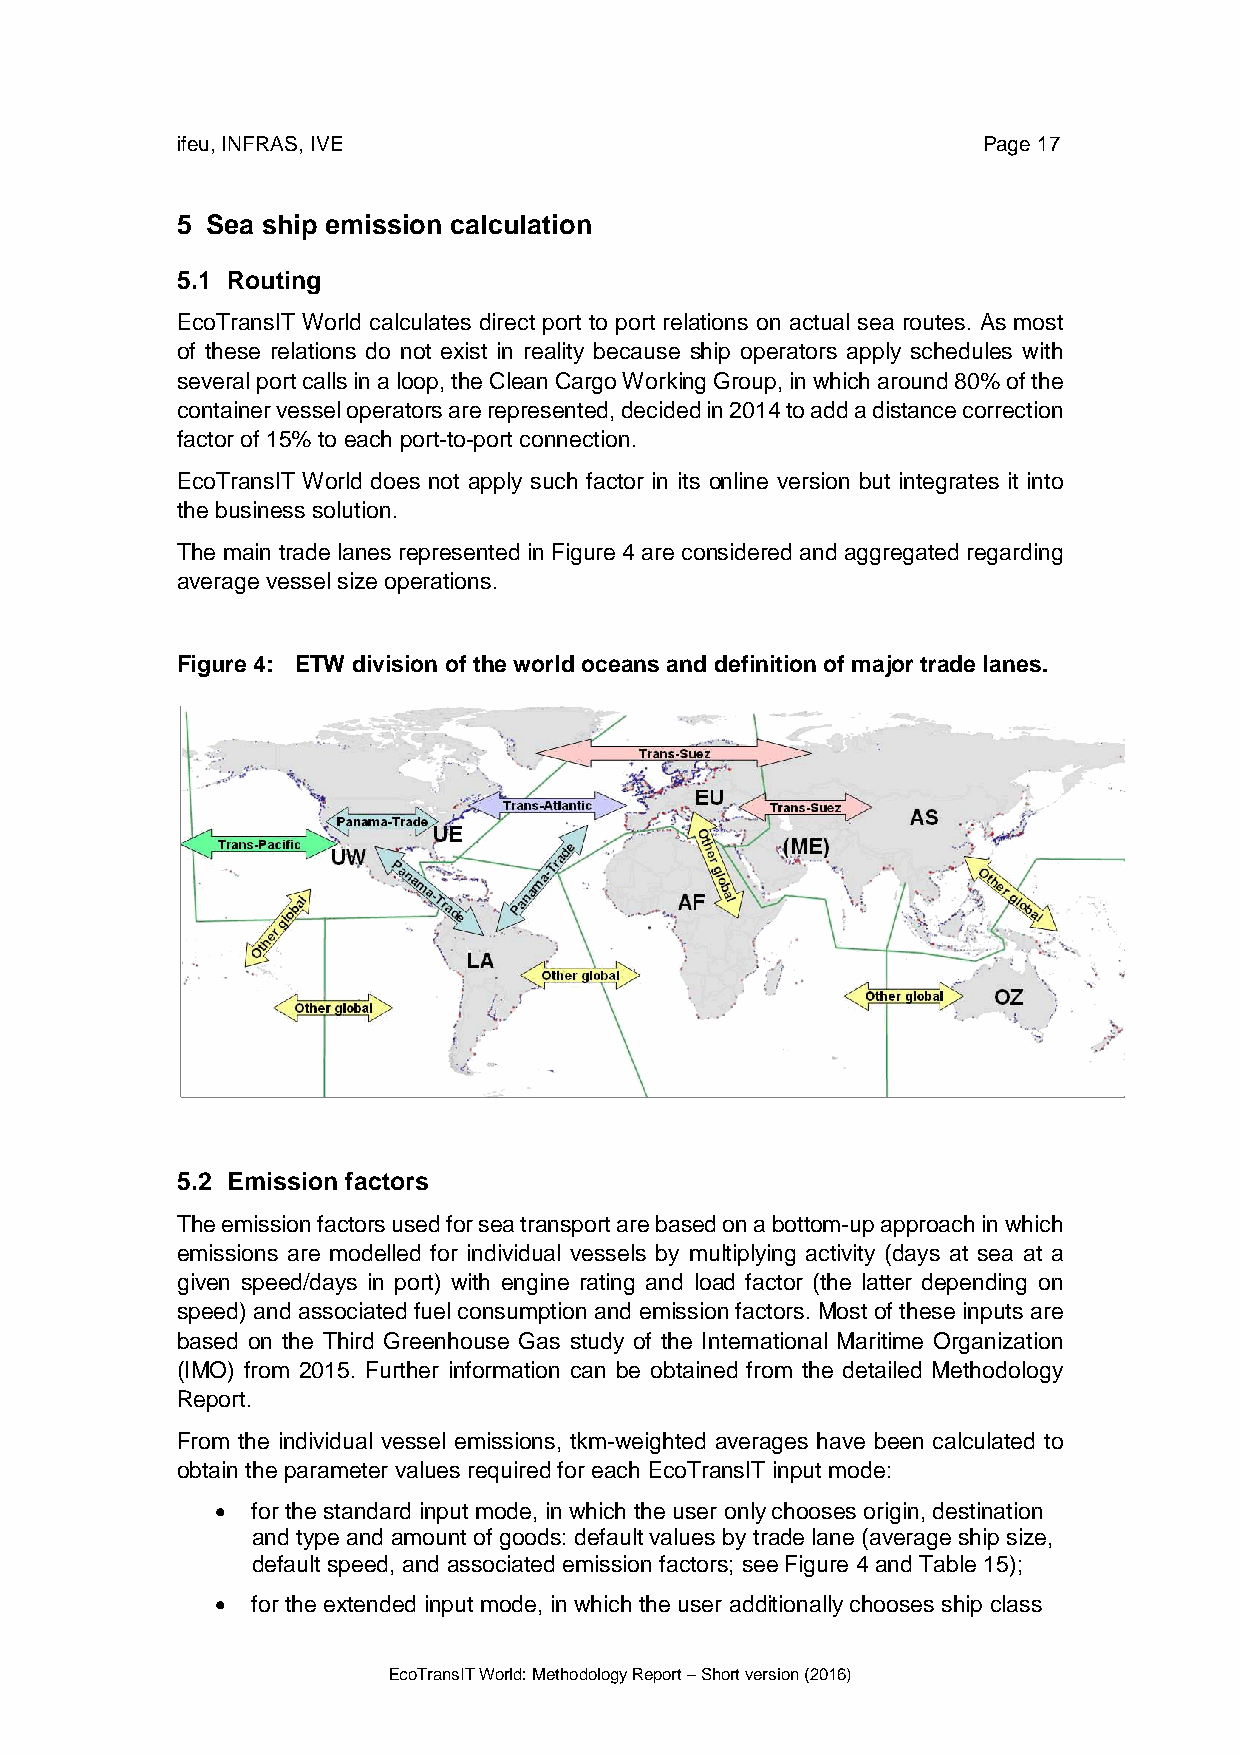
ifeu, INFRAS, IVE                                    Page 17
 5 Sea ship emission calculation
 5.1 Routing
 EcoTransIT World calculates direct port to port relations on actual sea routes. As most
 of these relations do not exist in reality because ship operators apply schedules with
 several port calls in a loop, the Clean Cargo Working Group, in which around 80% of the
 container vessel operators are represented, decided in 2014 to add a distance correction
 factor of 15% to each port-to-port connection.
 EcoTransIT World does not apply such factor in its online version but integrates it into
 the business solution.
 The main trade lanes represented in Figure 4 are considered and aggregated regarding
 average vessel size operations.
 Figure 4: ETW division of the world oceans and definition of major trade lanes.
 5.2 Emission factors
 The emission factors used for sea transport are based on a bottom-up approach in which
 emissions are modelled for individual vessels by multiplying activity (days at sea at a
 given speed/days in port) with engine rating and load factor (the latter depending on
 speed) and associated fuel consumption and emission factors. Most of these inputs are
 based on the Third Greenhouse Gas study of the International Maritime Organization
 (IMO) from 2015. Further information can be obtained from the detailed Methodology
 Report.
 From the individual vessel emissions, tkm-weighted averages have been calculated to
 obtain the parameter values required for each EcoTransIT input mode:
 •  for the standard input mode, in which the user only chooses origin, destination
 and type and amount of goods: default values by trade lane (average ship size,
 default speed, and associated emission factors; see Figure 4 and Table 15);
 •  for the extended input mode, in which the user additionally chooses ship class
 EcoTransIT World: Methodology Report – Short version (2016)